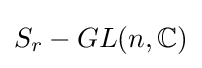
S_{r}-GL(n,\mathbb {C} )